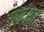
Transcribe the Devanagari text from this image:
उपदेश।